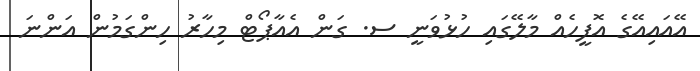
އޭއައިއޭގެ އޮފީހެއް މާލޭގައި ހުޅުވަނީ ސ. ގަން އެއާޕޯޓް މިހާރު ހިންގަމުން އަންނަ